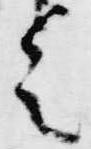
令